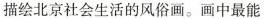
描绘北京社会生活的风俗画。画中最能